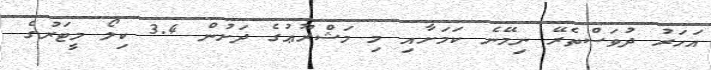
އަހަރު ދުވަސްތެރޭ ނިމޭނެ ކަމަށާއި މި މަޝްރޫޢުގެ ދަށުން 3.4 ކިލޯ މީޓަރުގެ